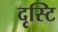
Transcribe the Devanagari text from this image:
दृस्टि